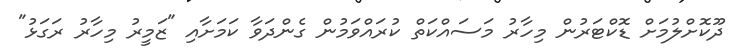
ދޫކޮށްލުމަށް ޑޮކްޓަރުން މިހާރު މަސައްކަތް ކުރައްވަމުން ގެންދަވާ ކަމަށާއި "ޒަމީރު މިހާރު ރަގަޅު"